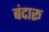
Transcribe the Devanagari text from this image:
बंदारू